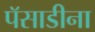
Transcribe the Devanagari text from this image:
पॅसाडीना